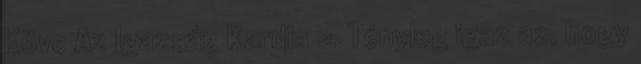
Köve Az Igazság Kardja 2. Tényleg igaz az, hogy